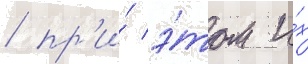
/ пр'и́ э́том и́х